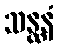
သန္ထနံ